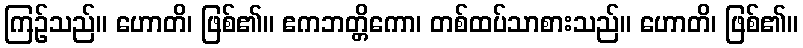
ကြဉ်သည်။ ဟောတိ၊ ဖြစ်၏။ ဧကဘတ္တိကော၊ တစ်ထပ်သာစားသည်။ ဟောတိ၊ ဖြစ်၏။